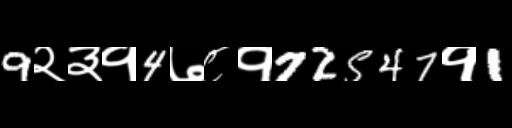
Text: 9२३१4७८१72547१1